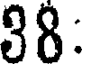
38: